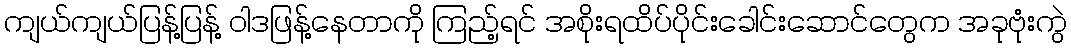
ကျယ်ကျယ်ပြန့်ပြန့် ဝါဒဖြန့်နေတာကို ကြည့်ရင် အစိုးရထိပ်ပိုင်းခေါင်းဆောင်တွေက အခုဗုံးကွဲ